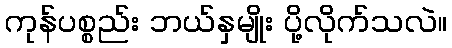
ကုန်ပစ္စည်း ဘယ်နှမျိုး ပို့လိုက်သလဲ။